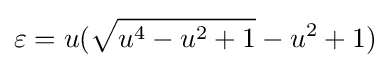
\varepsilon =u({\sqrt {u^{4}-u^{2}+1}}-u^{2}+1)